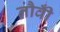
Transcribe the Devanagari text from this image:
नौवीँ